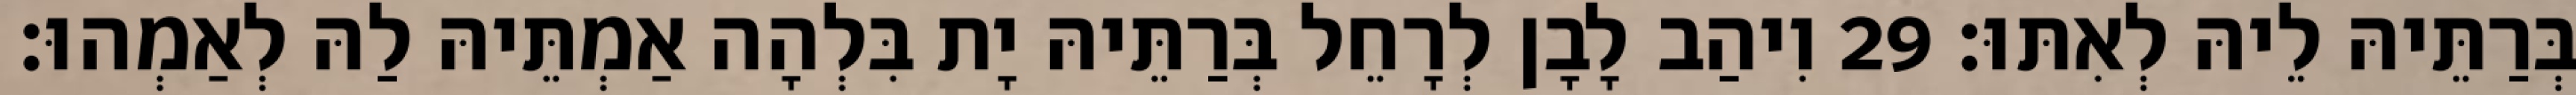
בְּרַתֵּיהּ לֵיהּ לְאִתּוּ׃ 29 וִיהַב לָבָן לְרָחֵל בְּרַתֵּיהּ יָת בִּלְהָה אַמְתֵּיהּ לַהּ לְאַמְהוּ׃